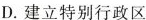
D.建立特别行政区